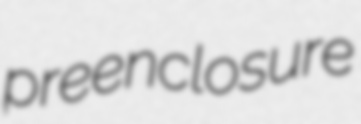
preenclosure